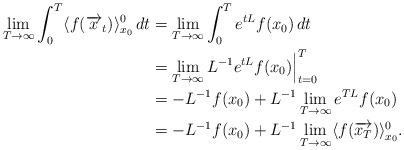
LaTeX: \begin{align*}\lim_{T\rightarrow\infty}\int_0^T\langle f(\overrightarrow{x}_t)\rangle_{x_0}^0\,dt&=\lim_{T\rightarrow\infty}\int_0^T e^{tL}f(x_0)\,dt\\&=\lim_{T\rightarrow\infty}L^{-1}e^{tL}f(x_0)\Big|_{t=0}^T\\&=-L^{-1}f(x_0)+L^{-1}\lim_{T\rightarrow\infty}e^{TL}f(x_0)\\&=-L^{-1}f(x_0)+L^{-1}\lim_{T\rightarrow\infty}\langle f(\overrightarrow{x_T})\rangle_{x_0}^0.\end{align*}